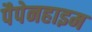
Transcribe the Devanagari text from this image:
पैपेनहाइम